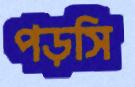
পড়সি